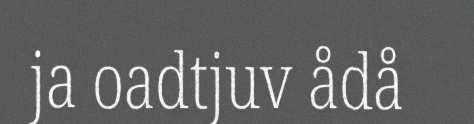
ja oadtjuv ådå